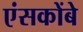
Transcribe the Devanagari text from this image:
एंसकोंबे